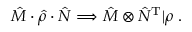
\hat { M } \cdot \hat { \rho } \cdot \hat { N } \Longrightarrow \hat { M } \otimes \hat { N } ^ { \mathrm { T } } | \rho \rrangle .